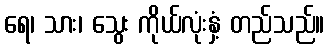
ရေ၊ သား၊ သွေး ကိုယ်လုံးနှံ့ တည်သည်။